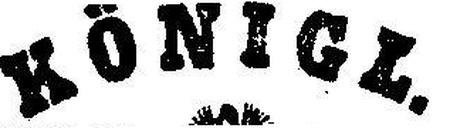
Königl.